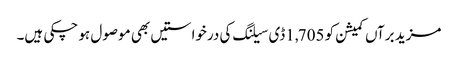
مزید برآں کمیشن کو 1,705ڈی سیلنگ کی درخواستیں بھی موصول ہو چکی ہیں۔